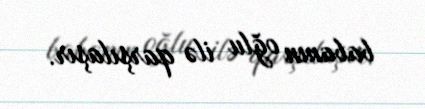
babanın oğlu ilə qarşılaşır.